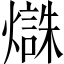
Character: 𱬜